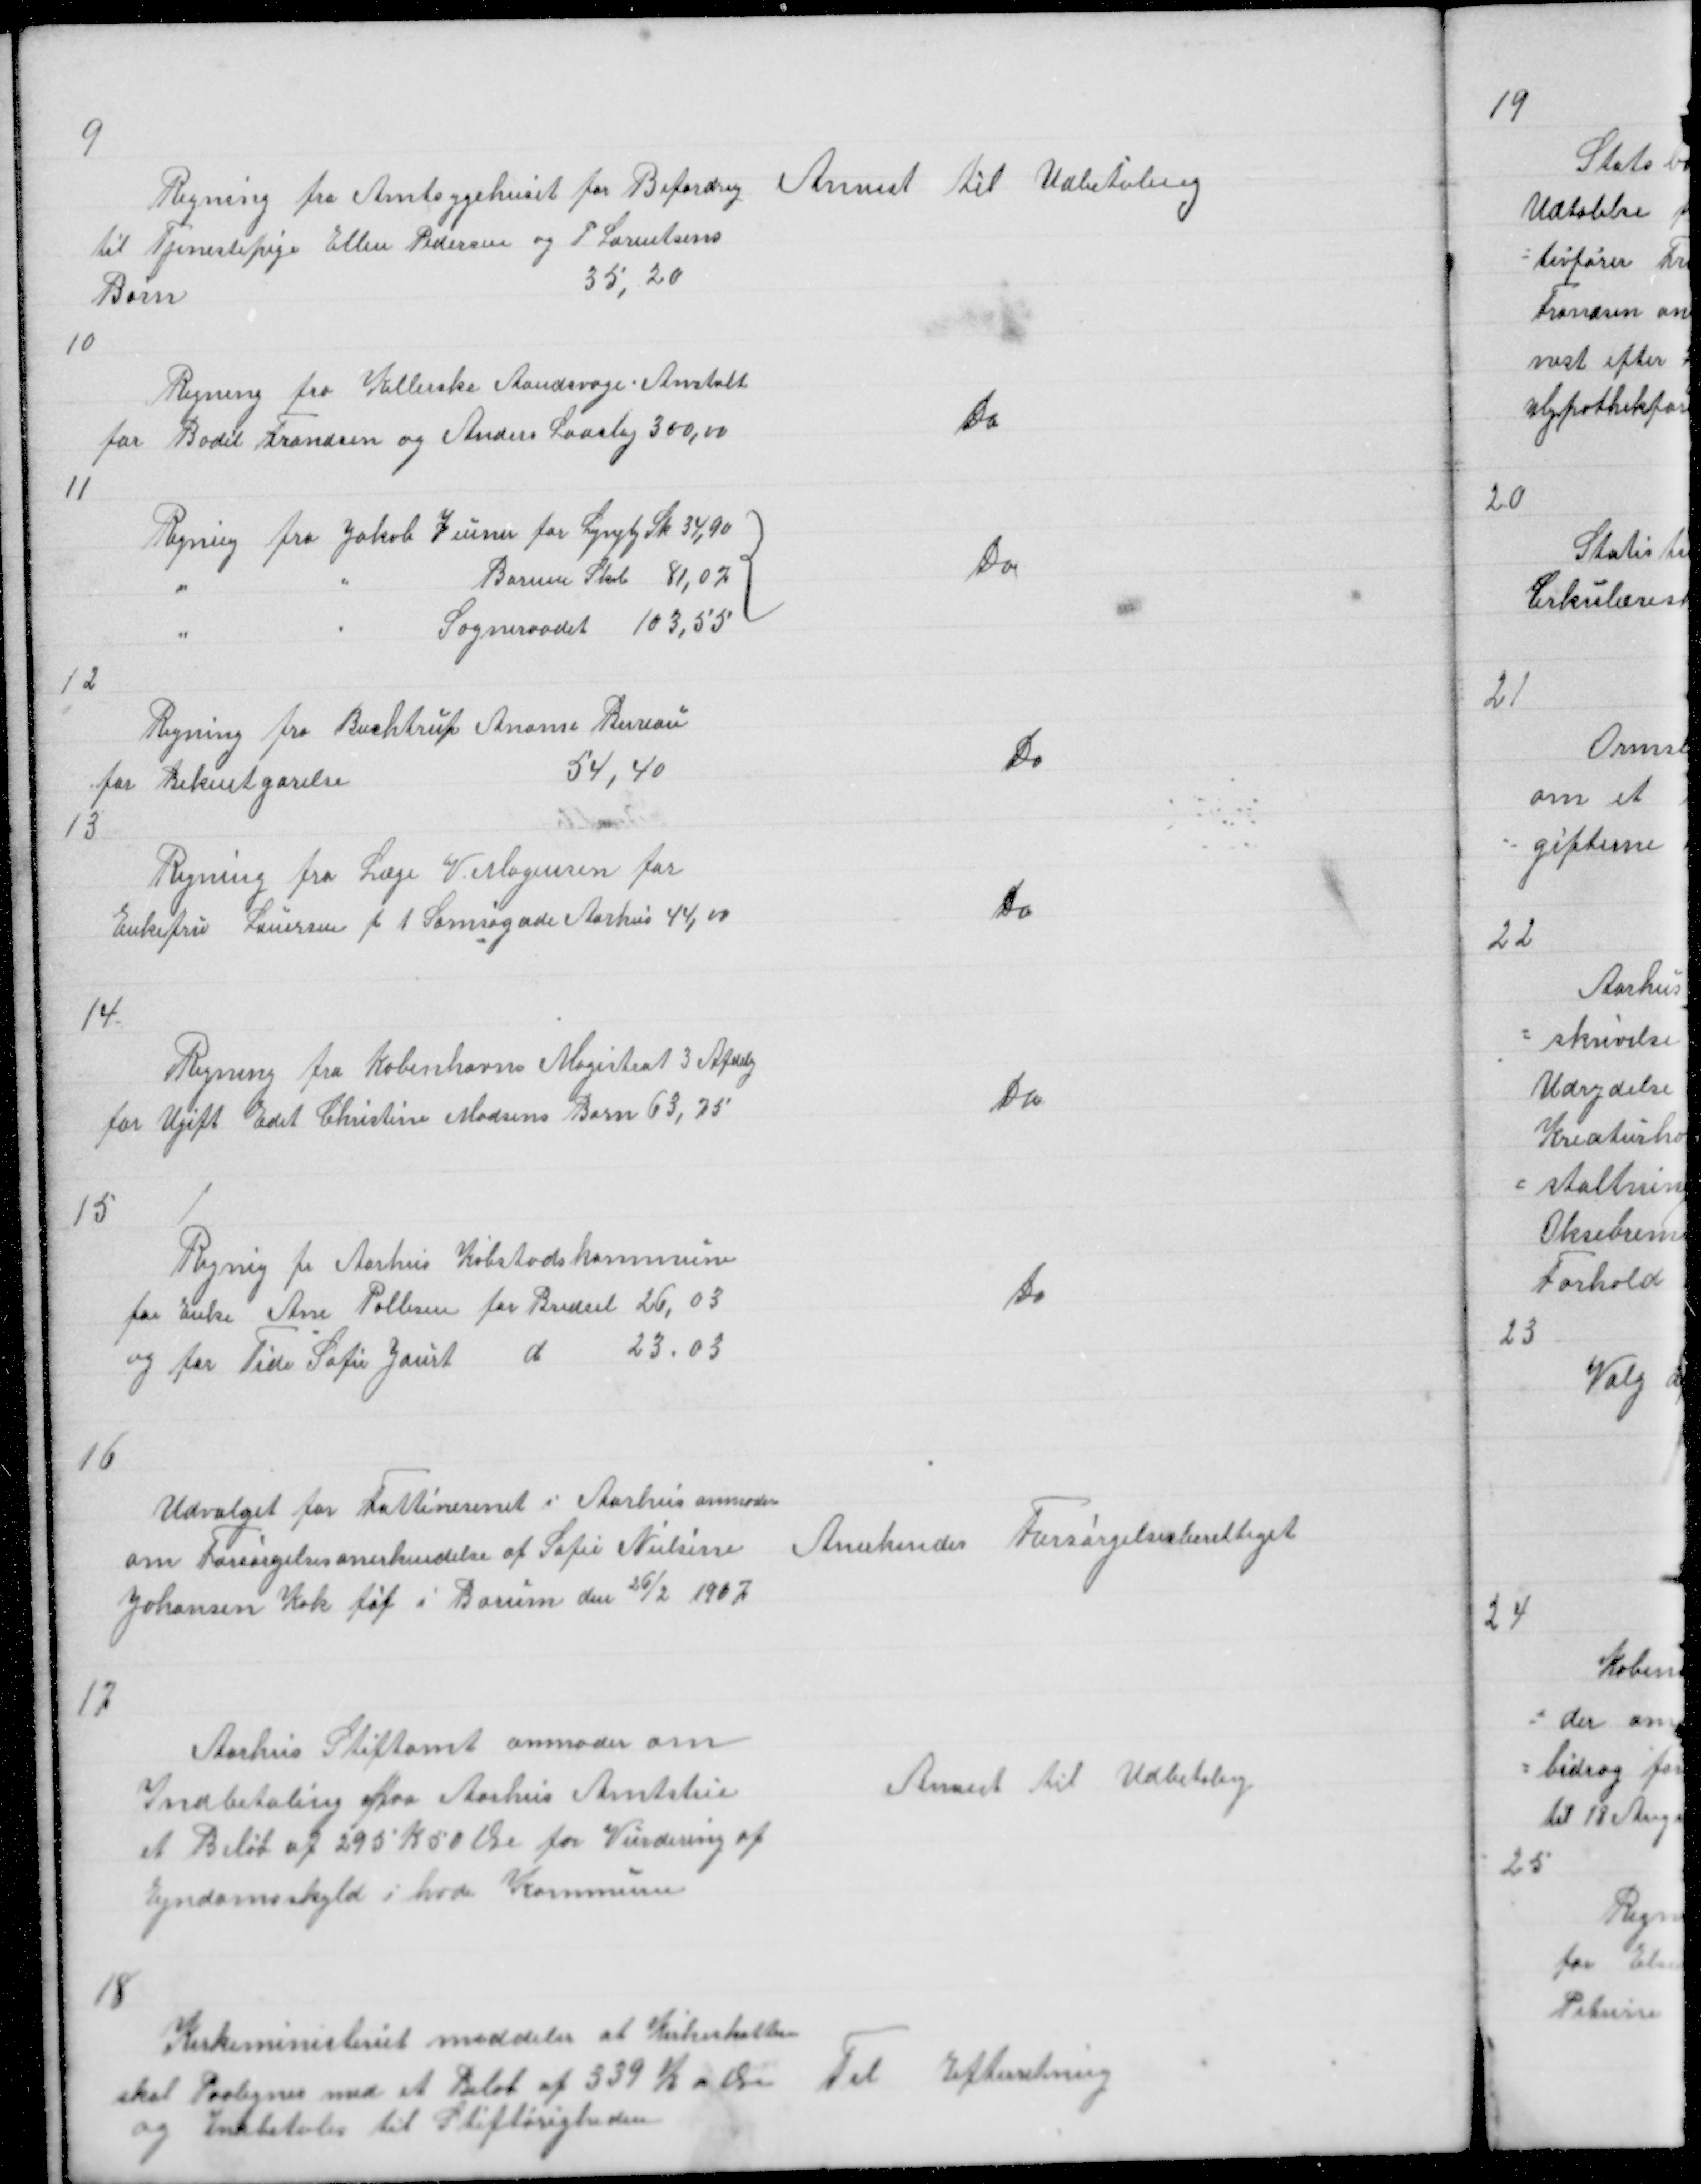
Transskription:
9

Anvist til Udbetaling

Regning fra Amtsygehuset for Befordring
til Tjenestepige Ellen Pedersen og P Lorentsens
Børn
35,20

10

Regning fra Kellerske Aandsvage Anstalt
for Bodil Frandsen og Anders Laasby 300,00

Do

11

Regning fra Jakob Zeuner for Lyngby Sk 34,90
"
"
Borum Skol 81,07
{
"
"
Sogneraadet 103,55

Do

12

Regning fra Buchtrup Anonse Bureau
for Bekentgørelse
54,40
13
Regning fra Læge V Mogensen for
Enkefru Laursen f t Samsøgade Aarhus 44,00

Do

Do

14

Regning fra Københavns Magistrat 3 Afdelg
for Ugift Edet Christine Madsens Barn 63,75

Do

15
Regning fr Aaarhus Købstadskommune
for Enke Ane Pallesen for Bredsel 26,03
og for Tide Sofie Jaurt d 23,03

Do

16
Udvalget for Fattivæsenet i Aarhus anmoder
om Forsørgelsesanerkendelse af Sofie Nielsine
Johansen føt i Borum den 26/2 1907

Anerkendes Forsørgelsesberettiget

17
Aarhus Stiftamt anmoder om
Indbetaling paa Aarhus Amtstue
et Beløb af 295 K 50 Øre for Vurdering af
Ejndomsskyld i hvd Kommune

Anvist til Udbetaling

18
Kirkeministeriet meddeler at Kirkeskatten
skal Paalignes med et Beløb af 539 K 00 Øre
og Indbetales til Stiftørigheden

Til Efterretning